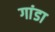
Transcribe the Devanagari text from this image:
गांडा